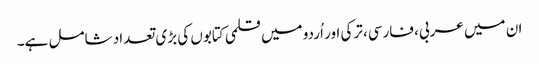
ان میں عربی، فارسی، ترکی اور اُردو میں قلمی کتابوں کی بڑی تعداد شامل ہے۔